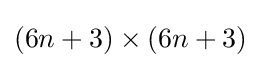
(6n+3)\times (6n+3)